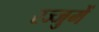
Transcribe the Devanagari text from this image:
रज्जुमें